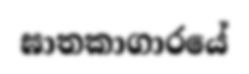
ඝාතකාගාරයේ